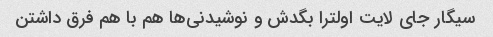
سیگار جای لایت اولترا بگدش و نوشیدنی‌ها هم با هم فرق داشتن